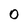
Character: O